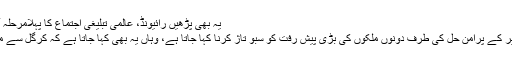
یہ بھی پڑھیں رائیونڈ، عالمی تبلیغی اجتماع کا پہلامرحلہ آج شروع ہوگا، انتظامات مکمل
کر گل وار کو جہاں مسئلہ کشمیر کے پرامن حل کی طرف دونوں ملکوں کی بڑی پیش رفت کو سبو تاژ کرنا کہا جاتا ہے، وہاں یہ بھی کہا جاتا ہے کہ کرگل سے مسئلہ کشمیر دنیا میں اجاگر ہوا ۔